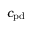
c _ { \mathrm { p d } }